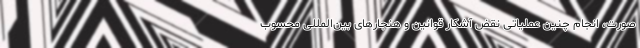
صورت، انجام چنین عملیاتی نقض آشکار قوانین و هنجارهای بین‌المللی محسوب